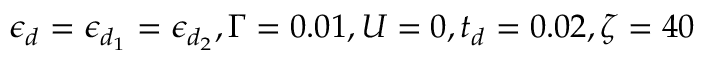
\epsilon _ { d } = \epsilon _ { d _ { 1 } } = \epsilon _ { d _ { 2 } } , \Gamma = 0 . 0 1 , U = 0 , t _ { d } = 0 . 0 2 , \zeta = 4 0